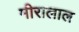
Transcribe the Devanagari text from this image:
मीरालाल